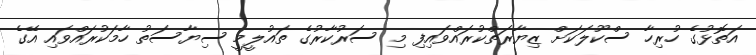
އަތޮޅުގެ ހުރިހާ ސްކޫލަކަށް ޒިޔާރަތްކުރައްވައިފި މި ސަރުކާރުގެ ތައުލީމީ ސިޔާސަތު ހާމަކުރައްވައި އޭގެ